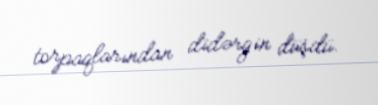
torpaqlarından didərgin düşdü.